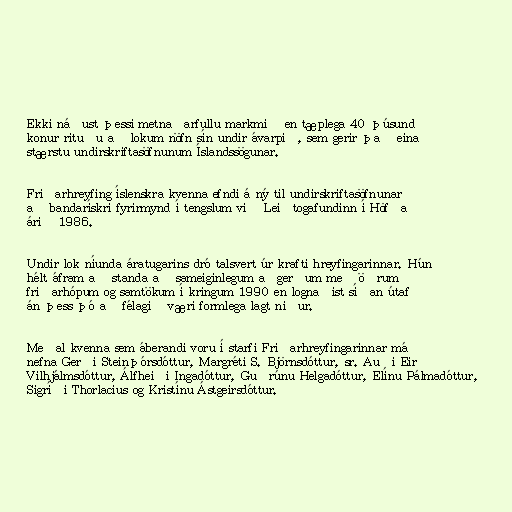
Ekki náðust þessi metnaðarfullu markmið en tæplega 40 þúsund
konur rituðu að lokum nöfn sín undir ávarpið, sem gerir það eina
stærstu undirskriftasöfnunum Íslandssögunar.

Friðarhreyfing íslenskra kvenna efndi á ný til undirskriftasöfnunar
að bandarískri fyrirmynd í tengslum við Leiðtogafundinn í Höfða
árið 1986.

Undir lok níunda áratugarins dró talsvert úr krafti hreyfingarinnar. Hún
hélt áfram að standa að sameiginlegum aðgerðum með öðrum
friðarhópum og samtökum í kringum 1990 en lognaðist síðan útaf
án þess þó að félagið væri formlega lagt niður.

Meðal kvenna sem áberandi voru í starfi Friðarhreyfingarinnar má
nefna Gerði Steinþórsdóttur, Margréti S. Björnsdóttur, sr. Auði Eir
Vilhjálmsdóttur, Álfheiði Ingadóttur, Guðrúnu Helgadóttur, Elínu Pálmadóttur,
Sigríði Thorlacius og Kristínu Ástgeirsdóttur.